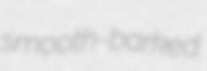
smooth-barked